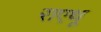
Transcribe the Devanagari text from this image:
राएथू